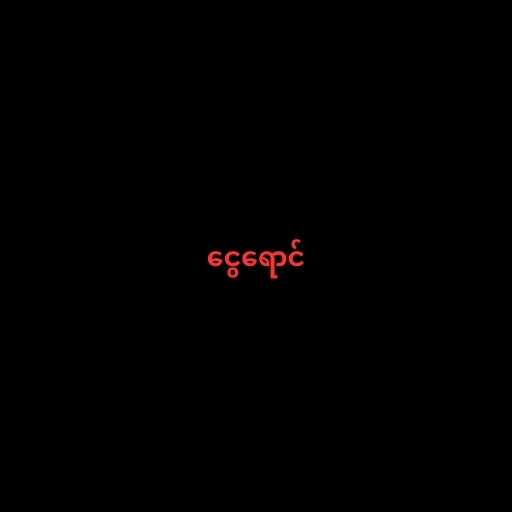
ငွေရောင်